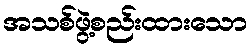
အသစ်ဖွဲ့စည်းထားသော